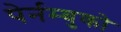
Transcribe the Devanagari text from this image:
पेर्नम्बुको